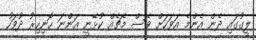
ލީގުގައި ދެން އެންމެ އަވަހަށް ވެސް މެޗެއް ކުޅޭނީ އަންނަ ހޮނިހިރު ދުވަހު